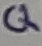
Text: Q